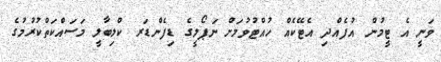
ވަނީ އެ ޓީމުން އުފެއްދި އެޓޭކެއް ހުއްޓުވުމަށް ނަޕޯލީގެ ޑިފެންޑަރ ކްލިބާލީ މަސައްކަތްކުރުމުގެ